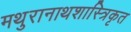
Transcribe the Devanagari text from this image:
मथुरानाथशास्त्रिकृत